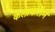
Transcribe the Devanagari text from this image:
कलाकरोने